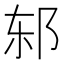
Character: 𰻨